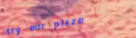
try our pizza